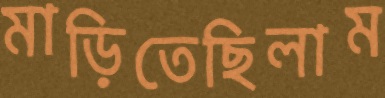
মাড়িতেছিলাম